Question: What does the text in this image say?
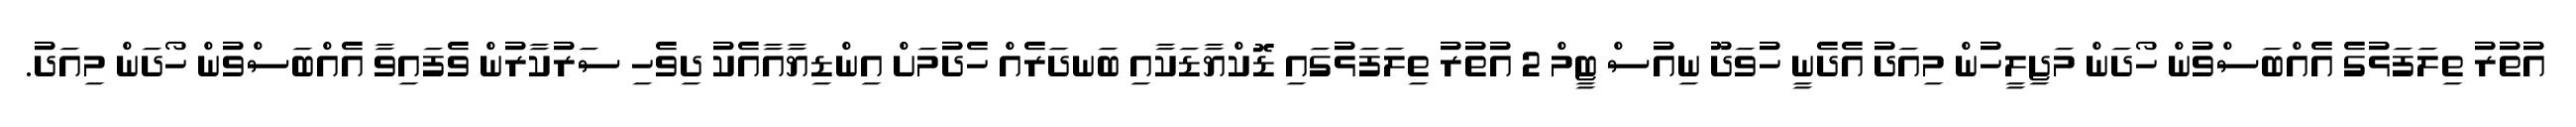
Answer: އުތުރު ތިލަފަޅުގެ އެއްބަސްވުން ހޯދަން މަޖިލީހުން މިއަދު އެދެނީ ހުވަދޫ ނިއުސް ޓީމް 2 އުތުރު ތިލަފަޅުގައި ޑޮކްޔާޑަކާއި ބަނދަރެއް ހެދުމަށް އިންޑިޔާއާއެކު ދިވެހި ސަރުކާރުން ވެފައިވާ އެއްބަސްވުން ހޯދަން މިއަދު.